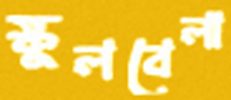
স্কুলবেলা